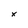
Character: x